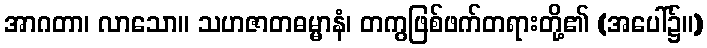
အာဂတာ၊ လာသော။ သဟဇာတဓမ္မာနံ၊ တကွဖြစ်ဖက်တရားတို့၏ (အပေါ်၌။)